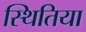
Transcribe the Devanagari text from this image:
स्थितिया